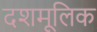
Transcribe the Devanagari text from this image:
दशमूलिक